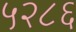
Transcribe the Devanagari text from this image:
५२८६